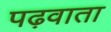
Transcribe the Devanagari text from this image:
पढ़वाता